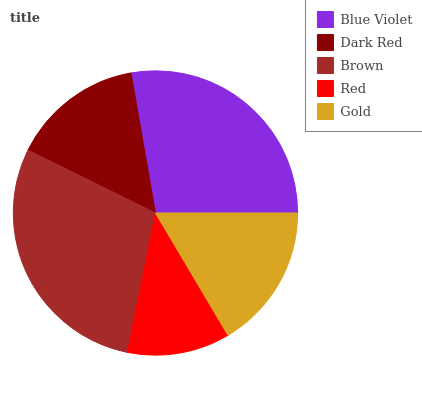
| Blue Violet | Dark Red | Brown | Red | Gold |
 | --- | --- | --- | --- | --- |
 | 27.7% | 15% | 29.1% | 11.7% | 16.6% |